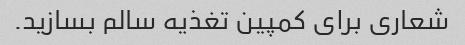
شعاری برای کمپین تغذیه سالم بسازید.